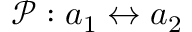
\mathcal { P } : a _ { 1 } \leftrightarrow a _ { 2 }